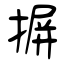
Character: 摒